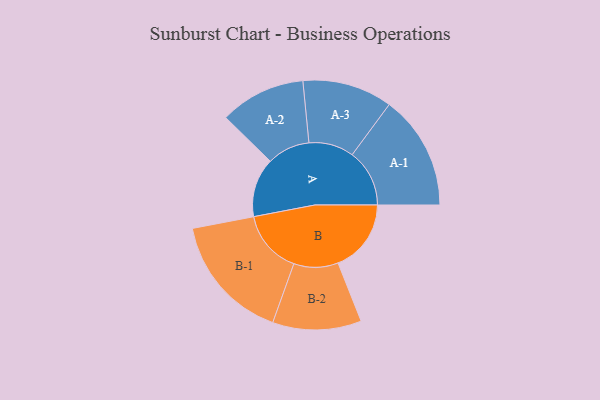
{"axis": {"x": "Segment", "y": "Value"}, "legend": ["", "A", "B"], "data": [{"x": "A", "y": 273, "type": ""}, {"x": "B", "y": 338, "type": ""}, {"x": "A-1", "y": 265, "type": "A"}, {"x": "A-2", "y": 198, "type": "A"}, {"x": "A-3", "y": 208, "type": "A"}, {"x": "B-1", "y": 294, "type": "B"}, {"x": "B-2", "y": 205, "type": "B"}]}